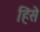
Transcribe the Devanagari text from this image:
हिंसे